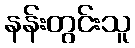
နန်းတွင်းသူ